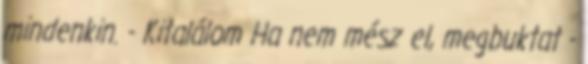
mindenkin. - Kitalálom Ha nem mész el, megbuktat -